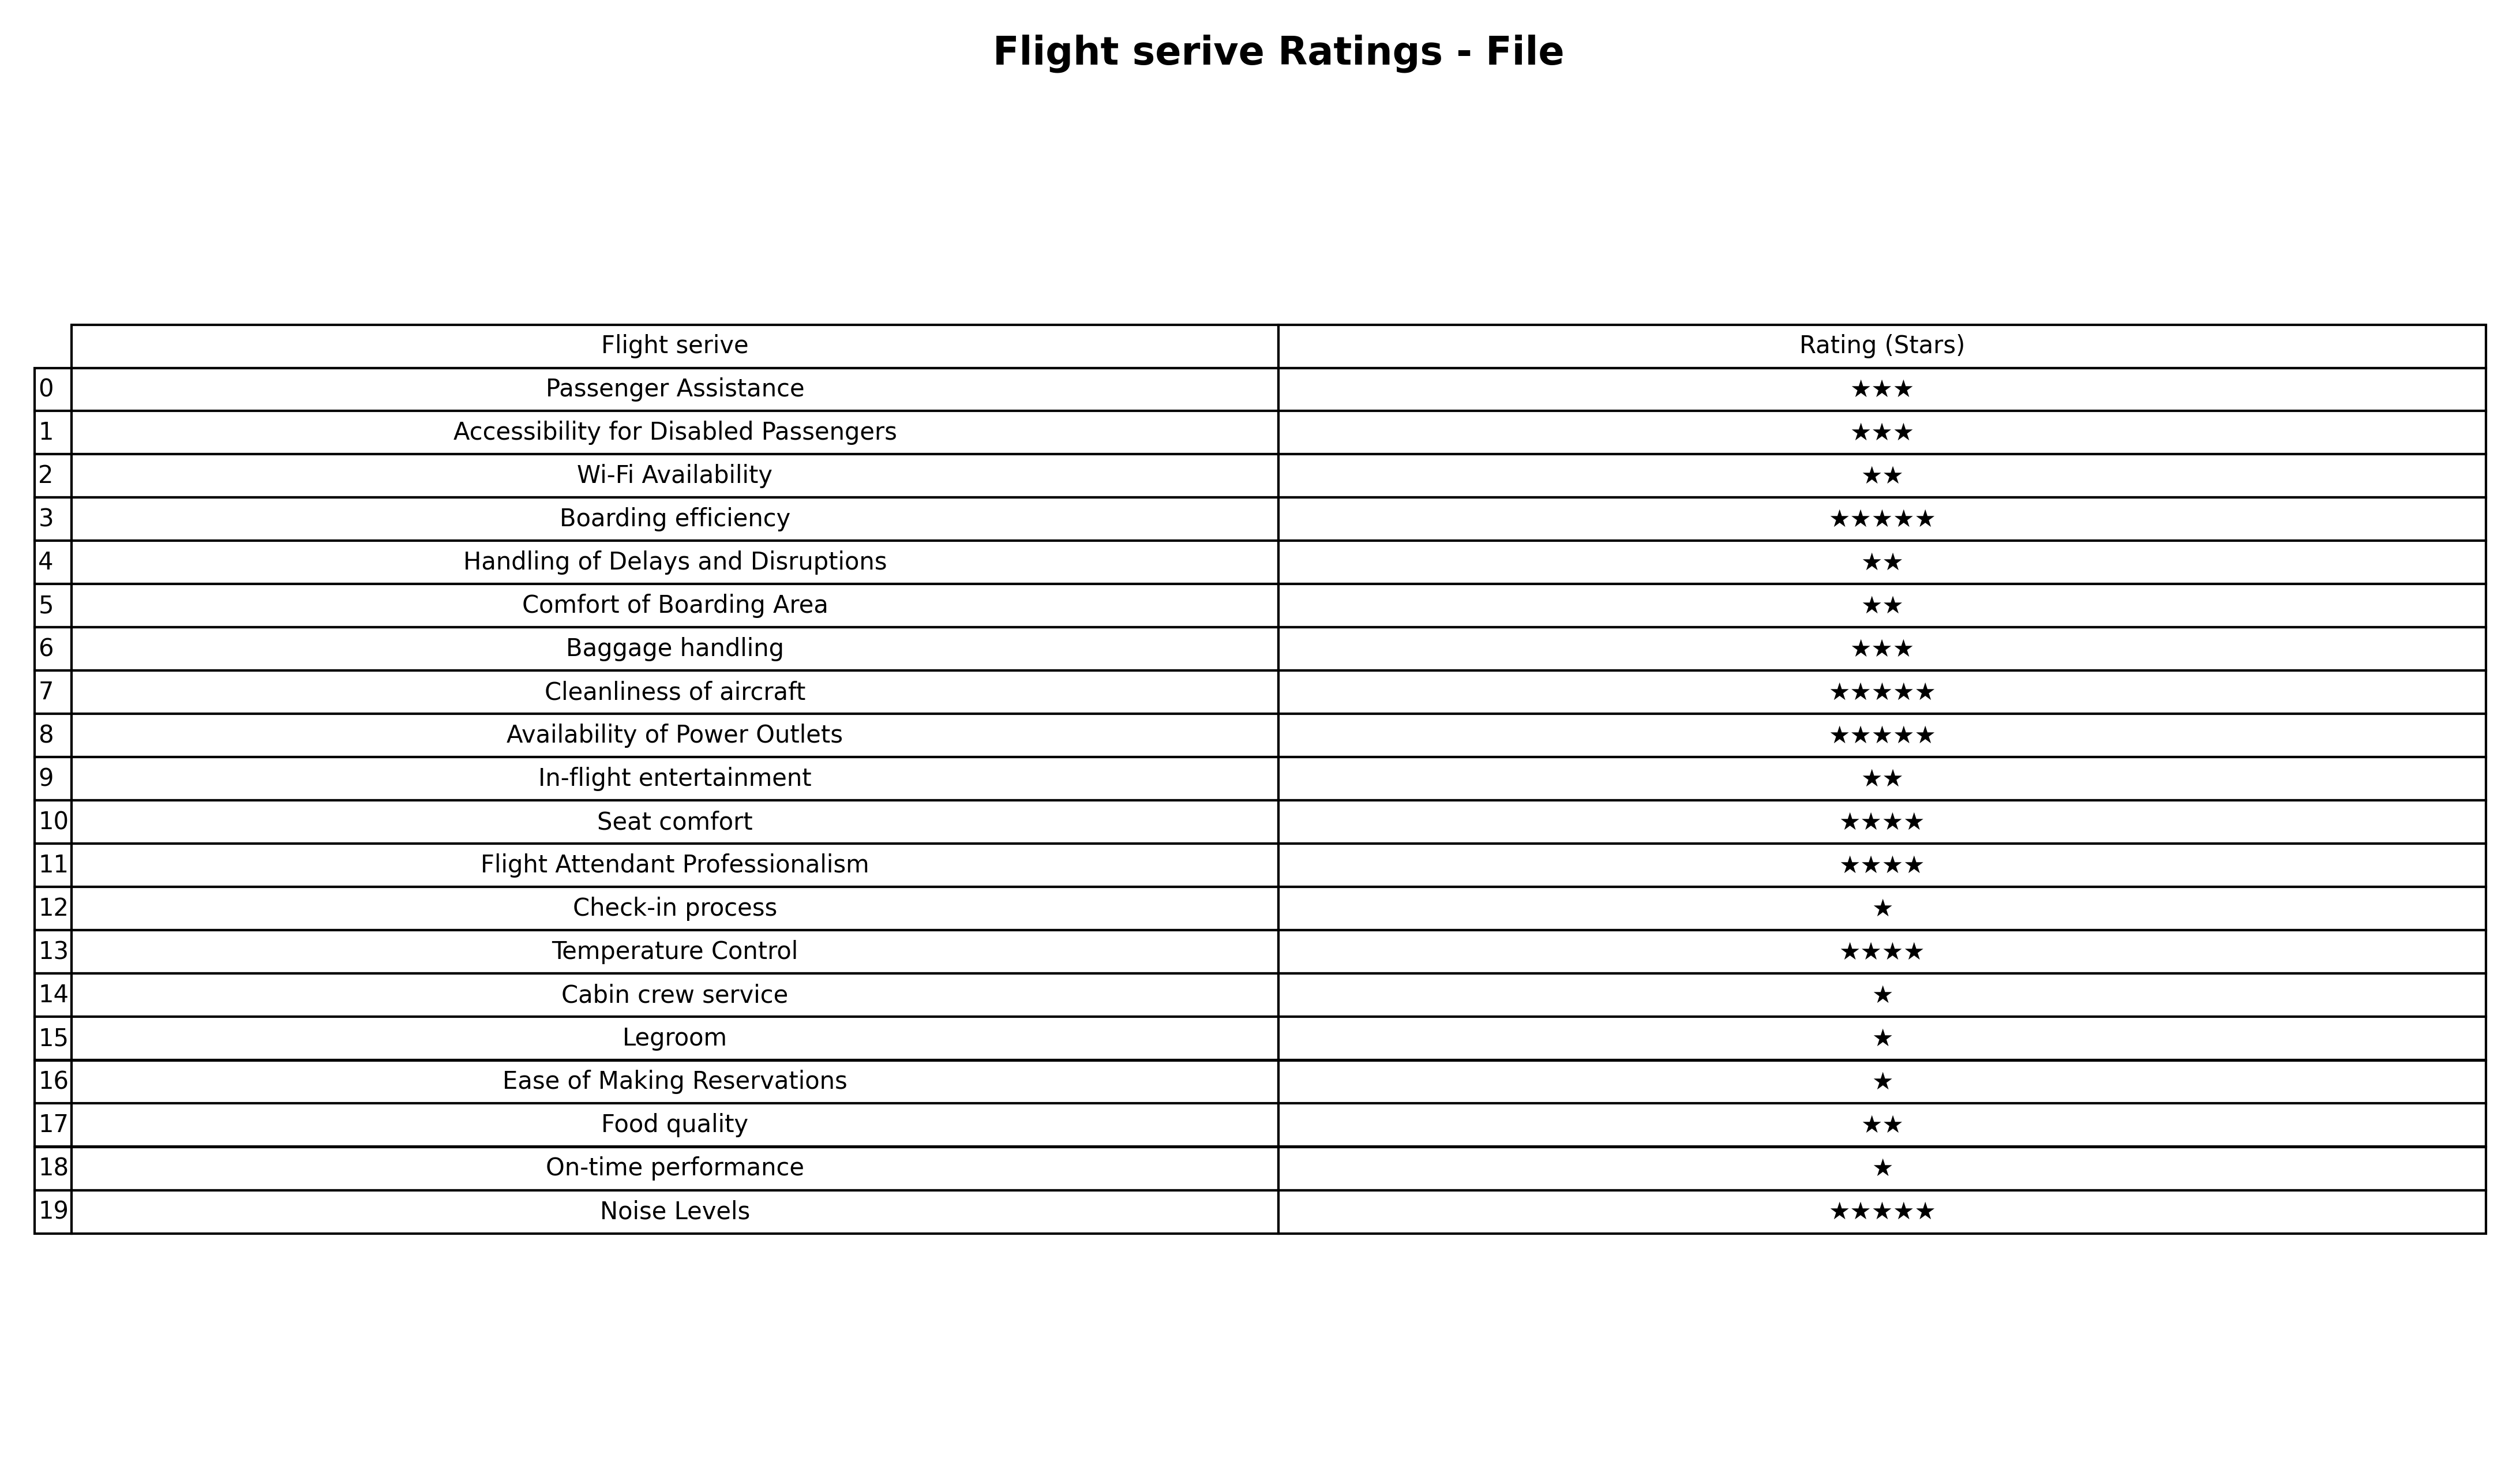
question: What is the rating of Availability of Power Outlets?
answer: ★★★★★